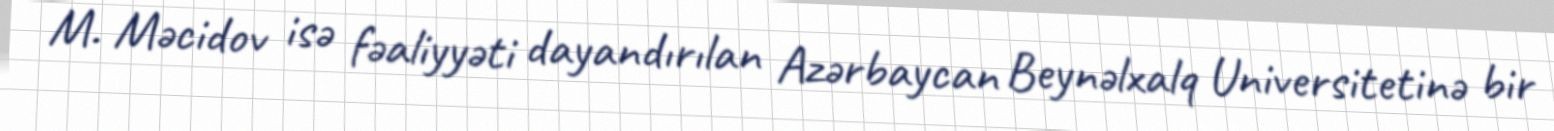
M. Məcidov isə fəaliyyəti dayandırılan Azərbaycan Beynəlxalq Universitetinə bir